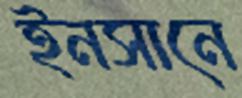
ইনসানে